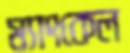
ম্যাংকেল